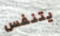
يتنفس